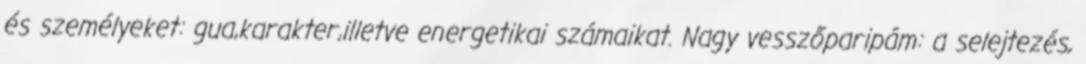
és személyeket: gua,karakter,illetve energetikai számaikat. Nagy vesszőparipám: a selejtezés,